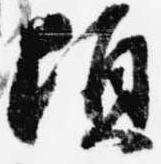
頃